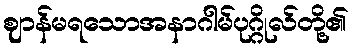
ဈာန်မရသောအနာဂါမ်ပုဂ္ဂိုလ်တို့၏